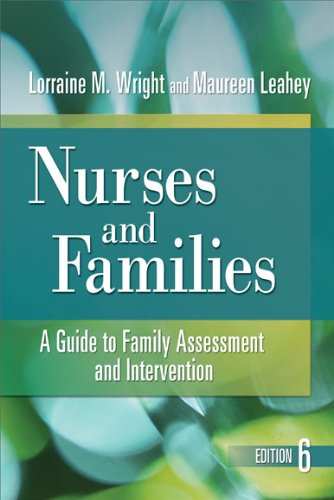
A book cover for Nurses and Families: A Guide to Family Assessment and Intervention; Lorraine M. Wright RN  PhD; Medical Books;